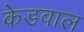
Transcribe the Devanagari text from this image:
केडवाल